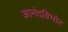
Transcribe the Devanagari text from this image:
आनंदविभोर